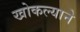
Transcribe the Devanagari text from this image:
खोकल्याने